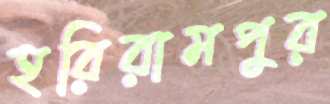
হরিরামপুর